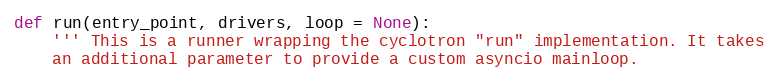
Language: Python
def run(entry_point, drivers, loop = None):
    ''' This is a runner wrapping the cyclotron "run" implementation. It takes
    an additional parameter to provide a custom asyncio mainloop.